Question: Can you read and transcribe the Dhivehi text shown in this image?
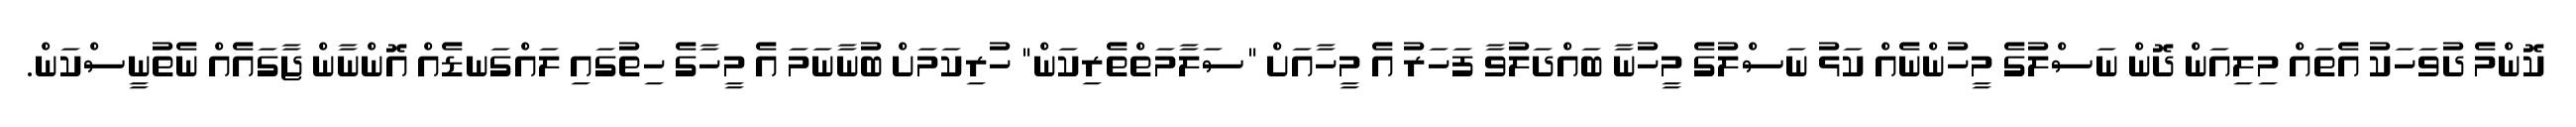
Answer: ކޮންމެ ދުވަހަކު އެތައް މިލިއަން ދޮން ނަސްލުގެ މީހުންނެއް ކަޅު ނަސްލުގެ މީހުނާ ބައްދަލުވާ ފަހަރު އެ މީހާއަށް "ސަލާމަތްތެރިކަން" ހުރިކަމަށް ބުނާނަމަ އެ މީހާގެ ހިތުގައި ލައްގަނޑެއް އޮންނާން ޖާގައެއް ނެތުނީސްކަން.